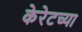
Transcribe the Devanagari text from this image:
केरेटच्या